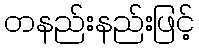
တနည်းနည်းဖြင့်